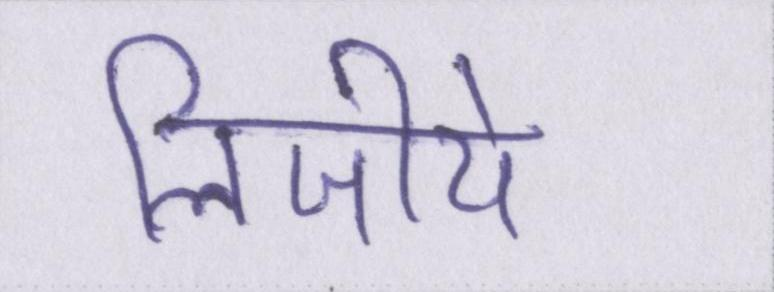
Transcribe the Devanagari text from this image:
लिजीये